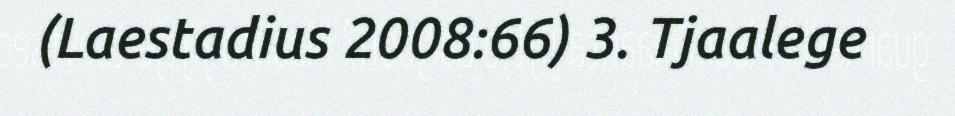
(Laestadius 2008:66) 3. Tjaalege